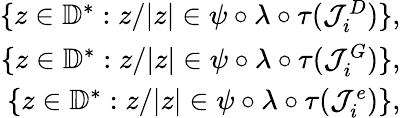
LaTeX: \begin{array}{r}{\{ z\in\mathbb{D}^{*}:z/|z|\in\psi\circ\lambda\circ\tau(\mathcal{J}_{i}^{D})\} ,}\\ {\{ z\in\mathbb{D}^{*}:z/|z|\in\psi\circ\lambda\circ\tau(\mathcal{J}_{i}^{G})\} ,}\\ {\{ z\in\mathbb{D}^{*}:z/|z|\in\psi\circ\lambda\circ\tau(\mathcal{J}_{i}^{e})\} ,}\end{array}